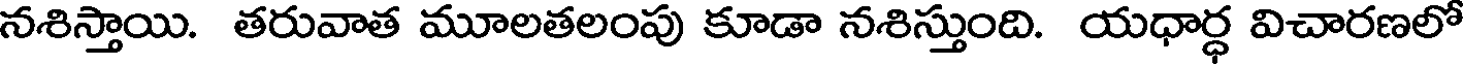
నశిస్తాయి. తరువాత మూలతలంపు కూడా నశిస్తుంది. యధార్ధ విచారణలో